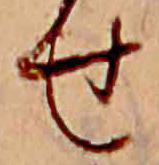
せ